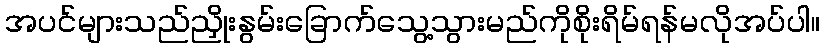
အပင်များသည်ညှိုးနွမ်းခြောက်သွေ့သွားမည်ကိုစိုးရိမ်ရန်မလိုအပ်ပါ။